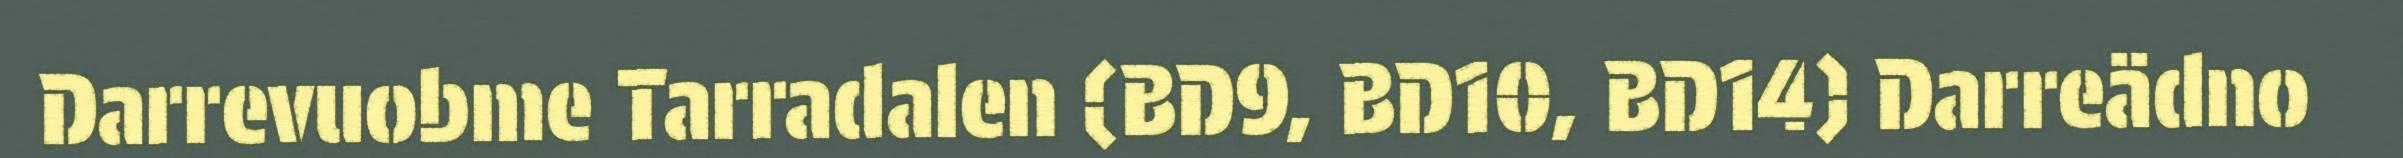
Darrevuobme Tarradalen (BD9, BD10, BD14) Darreädno